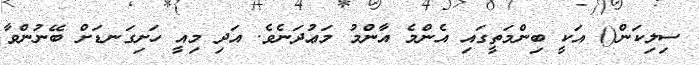
ސިލިކަން() އަކީ ބިންމަތީގައި އެންމެ އާންމު މަޢުދަނެވެ. އަދި މިއީ ހަށިގަނޑަށް ބޭނުންވާ